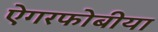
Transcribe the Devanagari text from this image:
ऐगरफोबीया